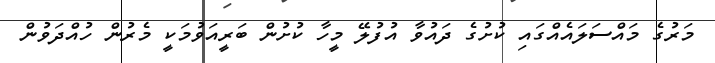
މަރުގެ މައްސަލައެއްގައި ކުށުގެ ދައުވާ އުފުލޭ މީހާ ކުށުން ބަރީއަވުމަކީ މެރުން ހުއްދަވުން